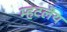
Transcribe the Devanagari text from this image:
म्हटलेय